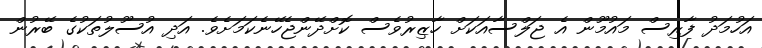
އަހުމަދު ފާރިސް މައުމޫން އެ ޖަލްސާއަކަށް ހާޒިރުވެސް ކޮށްދޭންޖެހޭނެކަމަށެވެ. އަދި އުސޫލުތަކުގެ ބޭރުން